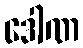
ဒေါဏ